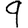
Digit: 9